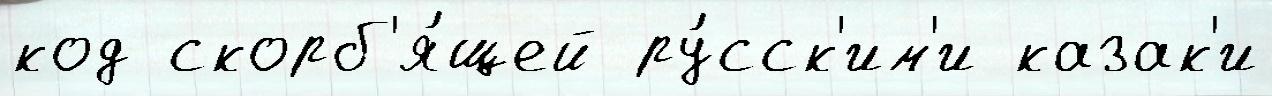
код скорб'я́щей ру́сск'им'и казак'и